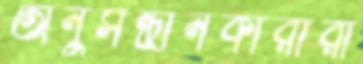
অনুসন্ধানকারীরা